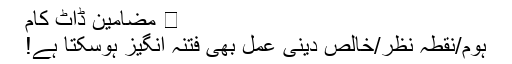
⋆ مضامین ڈاٹ کام
ہوم/نقطہ نظر/خالص دینی عمل بھی فتنہ انگیز ہوسکتا ہے!